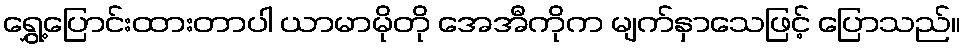
ရွှေ့ပြောင်းထားတာပါ ယာမာမိုတို အေအီကိုက မျက်နှာသေဖြင့် ပြောသည်။